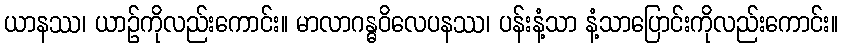
ယာနဿ၊ ယာဉ်ကိုလည်းကောင်း။ မာလာဂန္ဓဝိလေပနဿ၊ ပန်းနံ့သာ နံ့သာပြောင်းကိုလည်းကောင်း။